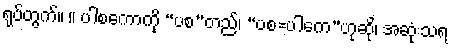
ရုပ်တွက်။ ။ ပါစကောကို “ပစ”တည်၊ “ပစ=ပါကေ”ဟုဆို၊ အဆုံးသရ